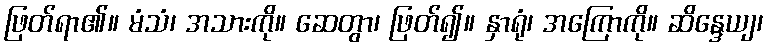
ဖြတ်ရာ၏။ မံသံ၊ အသားကို။ ဆေတွာ၊ ဖြတ်၍။ နှာရုံ၊ အကြောကို။ ဆိန္ဒေယျ၊